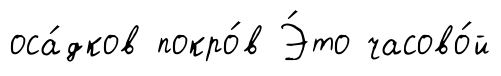
оса́дков покро́в Э́то часово́й